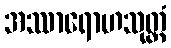
အဿာရောဟသုတ္တံ